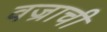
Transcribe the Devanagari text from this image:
वज्राची